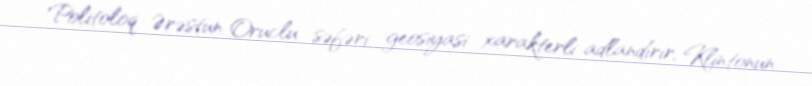
Politoloq Ərəstun Oruclu səfəri geosiyasi xarakterli adlandırır, Klintonun